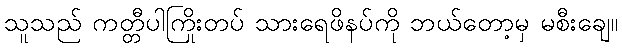
သူသည် ကတ္တီပါကြိုးတပ် သားရေဖိနပ်ကို ဘယ်တော့မှ မစီးချေ။